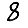
Digit: 8